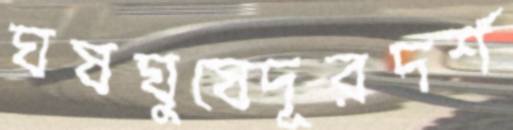
ঘষঘুষেদূরদর্শ